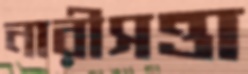
নারীসত্তা